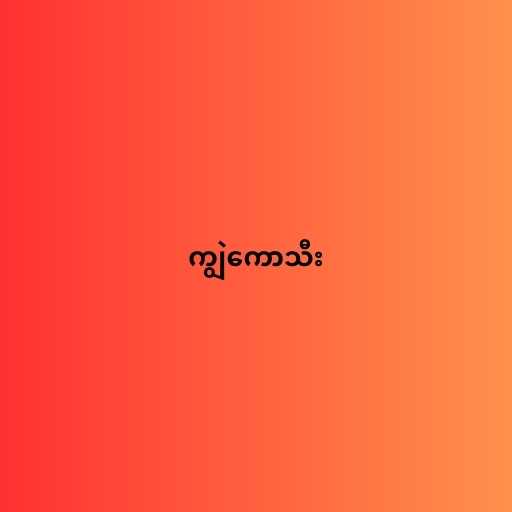
ကျွဲကောသီး